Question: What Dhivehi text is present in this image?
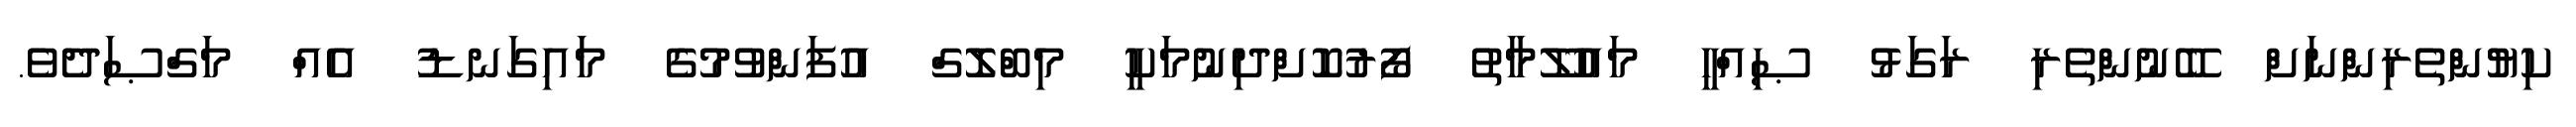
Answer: ކިޔުންތެރިންނަށް ބޭނުންތެރި ރަގަޅު ޞިއްހީ މައުލޫމާތު ފޯރުކޮށްދިނުމަކީ މިބްލޮގް އުފަންވުމުގެ މައިގަނޑު އެއް މަގްޞަދެވެ.